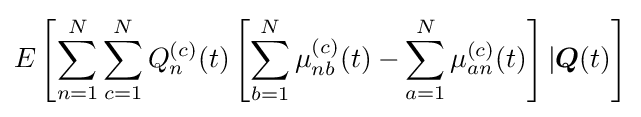
E\left[\sum _{n=1}^{N}\sum _{c=1}^{N}Q_{n}^{(c)}(t)\left[\sum _{b=1}^{N}\mu _{nb}^{(c)}(t)-\sum _{a=1}^{N}\mu _{an}^{(c)}(t)\right]|{\boldsymbol {Q}}(t)\right]